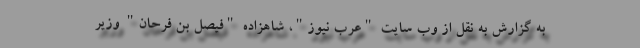
به گزارش به نقل از وب سایت "عرب نیوز"، شاهزاده "فیصل بن فرحان" وزیر